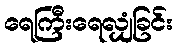
ရေကြီးရေလျှံခြင်း